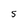
Character: 5